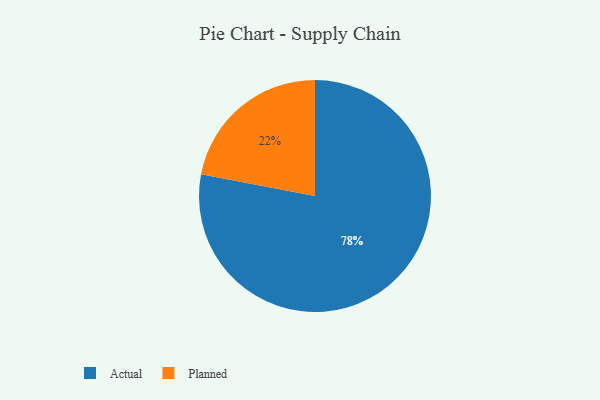
{"axis": {"x": "Category", "y": "Percentage"}, "legend": ["Actual", "Planned"], "data": [{"x": "Actual", "y": 78, "type": "Actual"}, {"x": "Planned", "y": 22, "type": "Planned"}]}